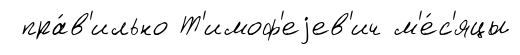
пра́в'ильно Т'имоф'еjев'ич м'е́с'яцы